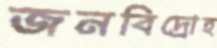
জনবিদ্রোহ